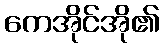
ကေအိုင်အို၏